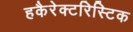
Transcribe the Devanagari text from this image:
हकैरेक्टरिस्टिक